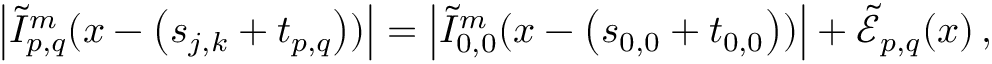
\left\vert \tilde { I } _ { p , q } ^ { m } ( \boldsymbol { x } - \left( \boldsymbol { s } _ { j , k } + \boldsymbol { t } _ { p , q } \right) ) \right\vert = \left\vert \tilde { I } _ { 0 , 0 } ^ { m } ( \boldsymbol { x } - \left( \boldsymbol { s } _ { 0 , 0 } + \boldsymbol { t } _ { 0 , 0 } \right) ) \right\vert + \tilde { \mathcal { E } } _ { p , q } ( \boldsymbol { x } ) \, ,